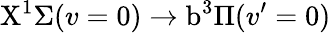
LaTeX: \mathrm{X}^{1}\Sigma(v=0)\rightarrow\mathrm{b}^{3}\Pi(v^{\prime}=0)